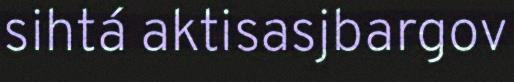
sihtá aktisasjbargov